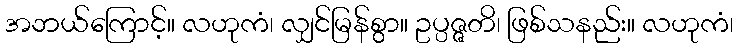
အဘယ်ကြောင့်။ လဟုကံ၊ လျှင်မြန်စွာ။ ဥပ္ပဇ္ဇတိ၊ ဖြစ်သနည်း။ လဟုကံ၊